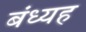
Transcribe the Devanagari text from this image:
बंध्यह